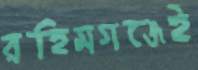
রহিমগঞ্জেই